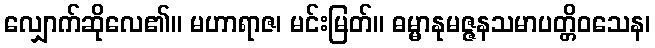
လျှောက်ဆိုလေ၏။ မဟာရာဇ၊ မင်းမြတ်။ ဓမ္မာနုမဇ္ဇနသမာပတ္တိဝသေန၊